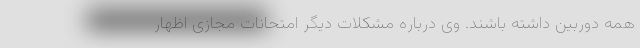
همه دوربین داشته باشند. وی درباره مشکلات دیگر امتحانات مجازی اظهار